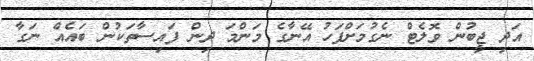
އަދި ޖީބުން ވޮލެޓް ނެގުމަށްފަހު އޭނާގެ މަންމަ ދިން ފައިސާތަކުން ބައެއް ނަގާ